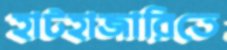
হাটহাজারিতে